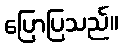
ပြောပြသည်။